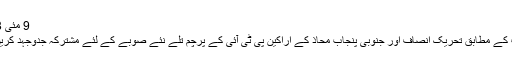
9 مئی 2018
یاداشت کے مطابق تحریک انصاف اور جنوبی پنجاب محاذ کے اراکین پی ٹی آئی کے پرچم تلے نئے صوبے کے لئے مشترکہ جدوجہد کریں گے۔